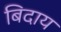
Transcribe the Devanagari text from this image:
बिदाय